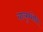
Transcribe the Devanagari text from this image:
बालुश्शेरि